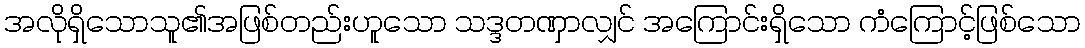
အလိုရှိသောသူ၏အဖြစ်တည်းဟူသော သဒ္ဒတဏှာလျှင် အကြောင်းရှိသော ကံကြောင့်ဖြစ်သော